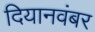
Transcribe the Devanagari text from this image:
दियानवंबर